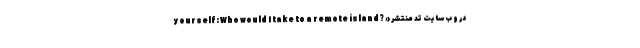
yourself: Who would I take to a remote island? » در وب‌سایت تد منتشر